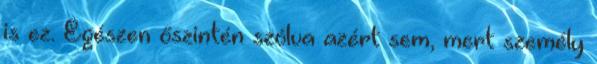
is ez. Egészen őszintén szólva azért sem, mert személy